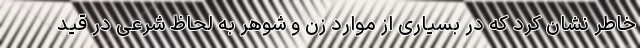
خاطر نشان کرد که در بسیاری از موارد زن و شوهر به لحاظ شرعی در قید